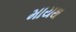
માયથ